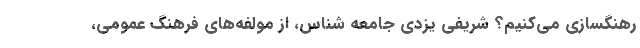
رهنگسازی می‌کنیم؟ شریفی یزدی جامعه شناس، از مولفه‌های فرهنگ عمومی،